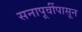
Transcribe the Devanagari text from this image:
सनापूर्वीपासून